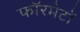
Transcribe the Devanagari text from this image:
फॉरमेटों